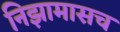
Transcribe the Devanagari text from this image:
निझामासच